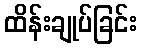
ထိန်းချုပ်ခြင်း